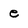
Character: e